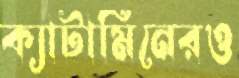
ক্যাটামিনেরও